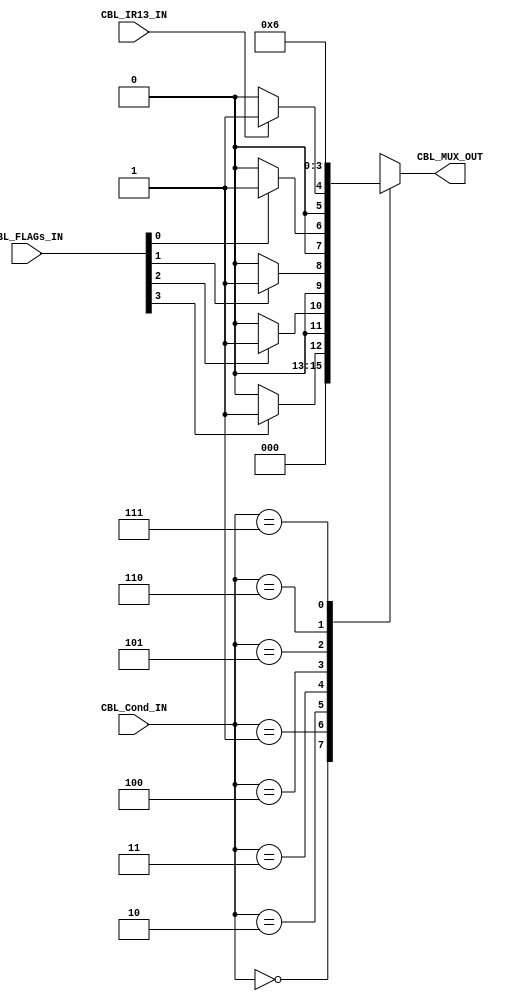
//=======================================================
//  MODULE Definition
//=======================================================
module CBL #(parameter FLAGs_BUS_WIDTH = 4, parameter Cond_BUS_WIDTH = 3)(
   //////////// CLOCK //////////
	//////////// INPUTS //////////
	CBL_IR13_IN,
	CBL_FLAGs_IN,
	CBL_Cond_IN,
	//////////// OUTPUTS //////////
   CBL_MUX_OUT
);
//=======================================================
//  PARAMETER declarations
//=======================================================
    parameter [1:0]Next = 2'b00;
	 parameter [1:0]Jump = 2'b01;
	 parameter [1:0]Decode = 2'b10;
//=======================================================
//  PORT declarations
//=======================================================
   output reg [1:0]CBL_MUX_OUT;
	input [FLAGs_BUS_WIDTH-1:0]CBL_FLAGs_IN;
	input [Cond_BUS_WIDTH-1:0]CBL_Cond_IN;
	input CBL_IR13_IN;
//=======================================================
//  REG/WIRE declarations
//=======================================================

//=======================================================
//  Structural coding
//=======================================================
always@(*)
	begin
	   case (CBL_Cond_IN)
		3'b000: CBL_MUX_OUT = Next;
		3'b001: if(CBL_FLAGs_IN[3] == 1'b1) CBL_MUX_OUT = Jump;
		        else CBL_MUX_OUT = Next;
		3'b010: if(CBL_FLAGs_IN[2] == 1'b1) CBL_MUX_OUT = Jump;
		        else CBL_MUX_OUT = Next;
		3'b011: if(CBL_FLAGs_IN[1] == 1'b1) CBL_MUX_OUT = Jump;
		        else CBL_MUX_OUT = Next;
		3'b100: if(CBL_FLAGs_IN[0] == 1'b1) CBL_MUX_OUT = Jump;
		        else CBL_MUX_OUT = Next;
		3'b101: if(CBL_IR13_IN == 1'b1) CBL_MUX_OUT = Jump;
		        else CBL_MUX_OUT = Next;
		3'b110: CBL_MUX_OUT = Jump;
		3'b111: CBL_MUX_OUT = Decode;
	   default: CBL_MUX_OUT = Next; 
		endcase
	end
endmodule